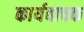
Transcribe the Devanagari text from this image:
कार्यवाचक